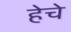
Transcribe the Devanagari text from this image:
हेचे